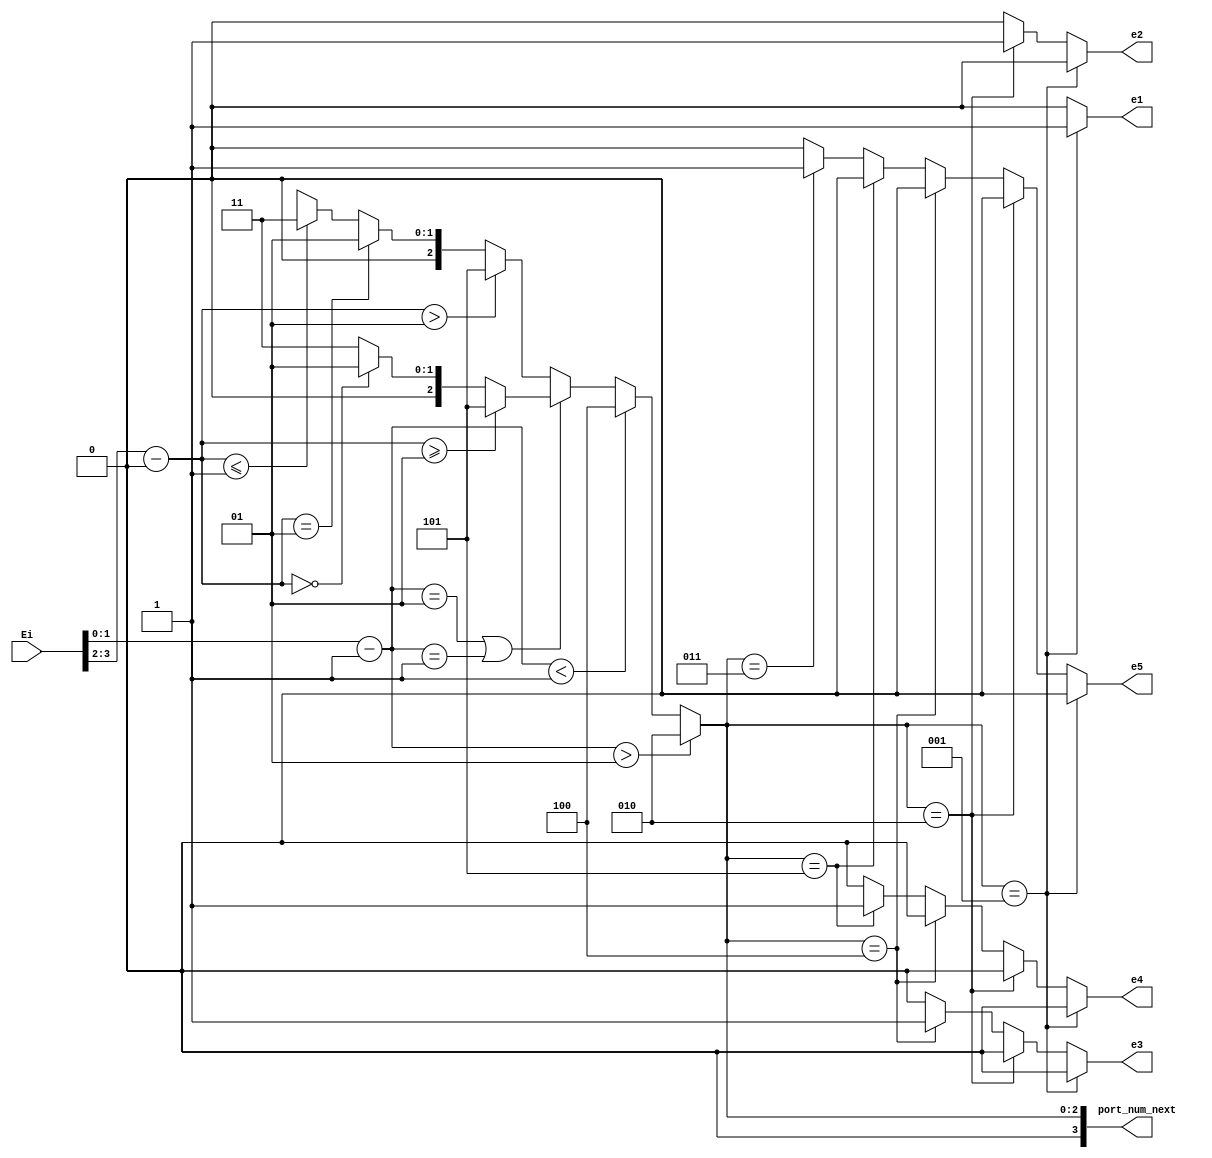
`timescale 1ns / 1ps
//////////////////////////////////////////////////////////////////////////////////
// Company: 
// Engineer: 
// 
// Design Name: 
// Module Name:    compute1 
// Project Name: 
// Target Devices: 
// Tool versions: 
// Description: 
//
// Dependencies: 
//
// Revision: 
// Revision 0.01 - File Created
// Additional Comments: 
//
//////////////////////////////////////////////////////////////////////////////////
module computeR21( Ei,port_num_next, e1,e2,e3,e4,e5
		); //,);

input wire[7:0] Ei;
//output [3:0] Lo, Eo, Wo, No, So;
output [3:0] port_num_next;
wire [3:0]  Lo, Eo, Wo, No, So;
output reg e1,e2,e3,e4,e5;

  assign Lo    =        3'd1;  
assign Eo  =          3'd2;
   assign No    =        3'd3;  
    assign Wo    =        3'd4;  
  assign So   =         3'd5;  
   //assign HDR_FLIT =  2'b10;
 //  assign BODY_FLIT = 2'b00;
  // assign  TAIL_FLIT = 2'b01;
	 
	localparam X_NODE_NUM                    =    4;
   localparam Y_NODE_NUM                    =    4;
   localparam X_NODE_NUM_WIDTH            =    2;
   localparam Y_NODE_NUM_WIDTH            =    2;
	localparam X_S_Adress                  = 1;
	localparam Y_S_Adress                  = 0;
	
	// input   
	wire  [X_NODE_NUM_WIDTH-1        :0]    dest_x_node_in;
//    input  
	wire   [Y_NODE_NUM_WIDTH-1        :0]    dest_y_node_in;
	//output    [3:0]    port_num_out;
	reg [3:0]    port_num_next;
    
	  wire signed [X_NODE_NUM_WIDTH        :0] xc;//current
    wire signed [X_NODE_NUM_WIDTH        :0] xd;//destination
    wire signed [Y_NODE_NUM_WIDTH        :0] yc;//current
    wire signed [Y_NODE_NUM_WIDTH        :0] yd;//destination
    wire signed [X_NODE_NUM_WIDTH        :0] xdiff;
    wire signed [Y_NODE_NUM_WIDTH        :0] ydiff;
    
	 assign dest_x_node_in=Ei[1:0];
	 assign dest_y_node_in=Ei[3:2];
	 
    assign     xc     =X_S_Adress [X_NODE_NUM_WIDTH-1        :0];
    assign     yc     =Y_S_Adress[Y_NODE_NUM_WIDTH-1        :0];
    assign    xd        =dest_x_node_in;
    assign    yd     = dest_y_node_in;
    assign     xdiff    = xd-xc;
    assign    ydiff    = yd-yc;
    
	 
    
    always@(*)begin
     // port_num_next    = Lo;
           if                (xdiff    >  1)        port_num_next    = Eo;
         else if        (xdiff    < -1)        port_num_next    = Wo;
            else if        (xdiff    ==    1 || xdiff    ==    -1     )
			begin
                if            (ydiff    >= 1)        port_num_next    = So;
                else if     (ydiff    ==    0)        port_num_next    = Lo;
                else                                 port_num_next    = No;
           end  // xdiff    ==    1 || xdiff    ==    -1     
            else begin //xdiff ==0
              if            (ydiff    >    1)        port_num_next    = So;
                else if    (ydiff    ==    1)        port_num_next    = Lo;
            //   else if    (ydiff    ==-1)        port_num_next    = L;
                else if    (ydiff    <= -1)        port_num_next    = No;
               else                                 port_num_next    = 1'bx; //xdiff ==0
          end //else
    end
	 //assign    port_num_out= port_num_next;
	 always@(*)begin
	 if(port_num_next== Lo)  begin 
	 e1=1; 
	 e2=0;
	 e3=0;
	 e4=0;
	 e5=0;
	 end
	else if (port_num_next== Eo) begin e1=0; 
	 e2=1;
	 e3=0;
	 e4=0;
	 e5=0;
	 end
	else if (port_num_next==Wo) 
	begin 
	 e1=0; 
	 e2=0;
	 e3=1;
	 e4=0;
	 e5=0;
	 end
	else if(port_num_next==So) begin e1=0; 
	 e2=0;
	 e3=0;
	 e4=1;
	 e5=0;
	 end
 else    if(port_num_next==No)   begin e1=0; 
	 e2=0;
	 e3=0;
	 e4=0;
	 e5=1;
 end
 else begin e1=0; 
	 e2=0;
	 e3=0;
	 e4=0;
	 e5=0;
 end 
 end 
endmodule